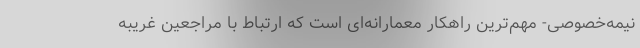
نیمه‌خصوصی- مهم‌ترین راهکار معمارانه‌ای است که ارتباط با مراجعین غریبه